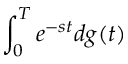
\int _ { 0 } ^ { T } e ^ { - s t } d g ( t )